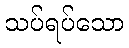
သပ်ရပ်သော